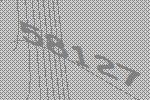
58127